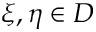
\xi , \eta \in D